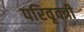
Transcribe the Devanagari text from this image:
परिवृक्त्री